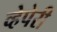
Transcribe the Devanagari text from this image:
व्हेपेरी